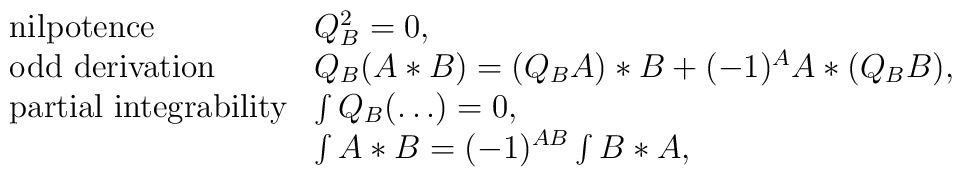
\left.	\begin{array}{ll}	\mbox{nilpotence} & Q_B^2=0, \\	\mbox{odd derivation} & Q_B(A*B)=(Q_BA)*B+(-1)^AA*(Q_BB), \\	\mbox{partial integrability} & \int Q_B(\ldots)=0, \\	 & \int A*B=(-1)^{AB}\int B*A, 	\end{array}\right.